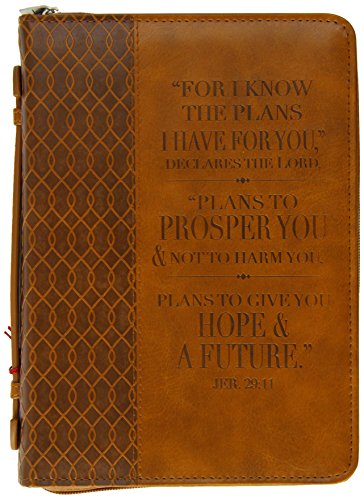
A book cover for Brown Lux-leather Bible Cover Plans Jeremiah 29:11 Medium; Christian Books & Bibles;